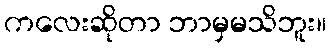
ကလေးဆိုတာ ဘာမှမသိဘူး။